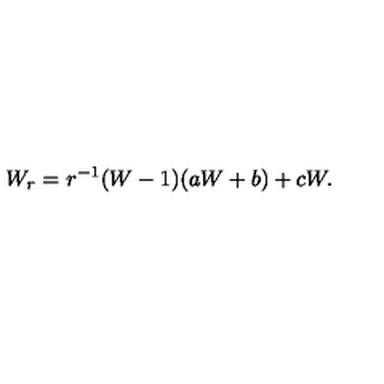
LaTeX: W _ { r } = r ^ { - 1 } ( W - 1 ) ( a W + b ) + c W .